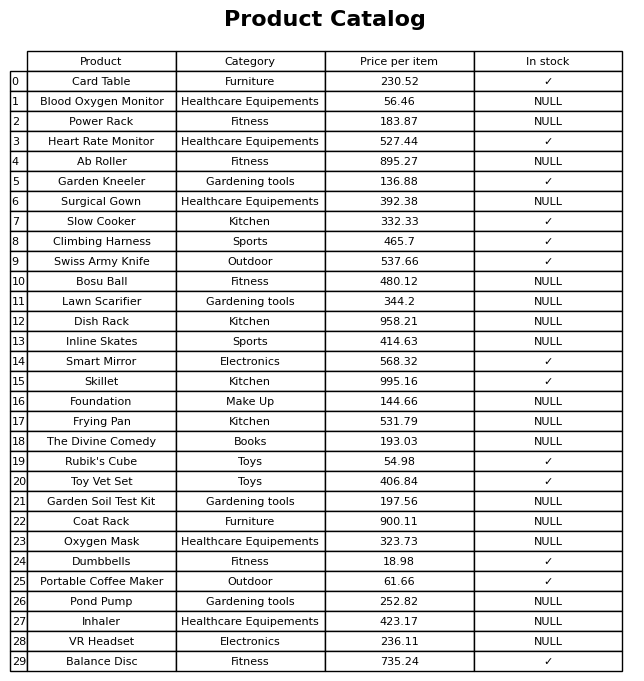
question: What is the price of the Dumbbells?
answer: The price of Dumbbells is 18.98.